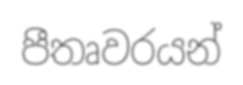
පීතෘවරයන්